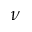
\nu